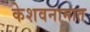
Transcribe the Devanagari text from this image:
केशवनामात